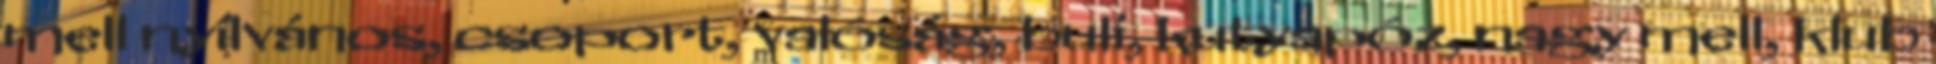
mell nyílvános, csoport, valóság, buli, kutyapóz, nagy mell, klub